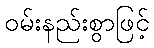
ဝမ်းနည်းစွာဖြင့်